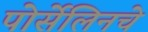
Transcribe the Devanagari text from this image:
पोर्सेलिनचे